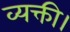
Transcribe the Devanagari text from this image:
व्यक्ती।